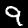
Digit: 9